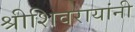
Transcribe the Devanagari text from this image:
श्रीशिवरायांनी